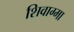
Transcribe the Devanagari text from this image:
शिवाग्मा